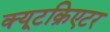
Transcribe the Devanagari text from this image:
क्यूटक्रिएटर